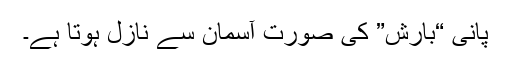
پانی “بارش” کی صورت آسمان سے نازل ہوتا ہے۔